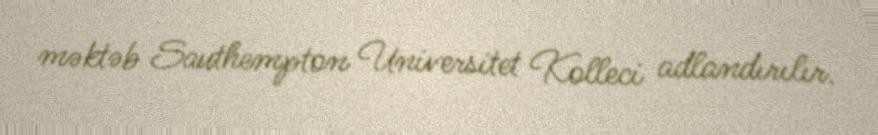
məktəb Sauthempton Universitet Kolleci adlandırılır.